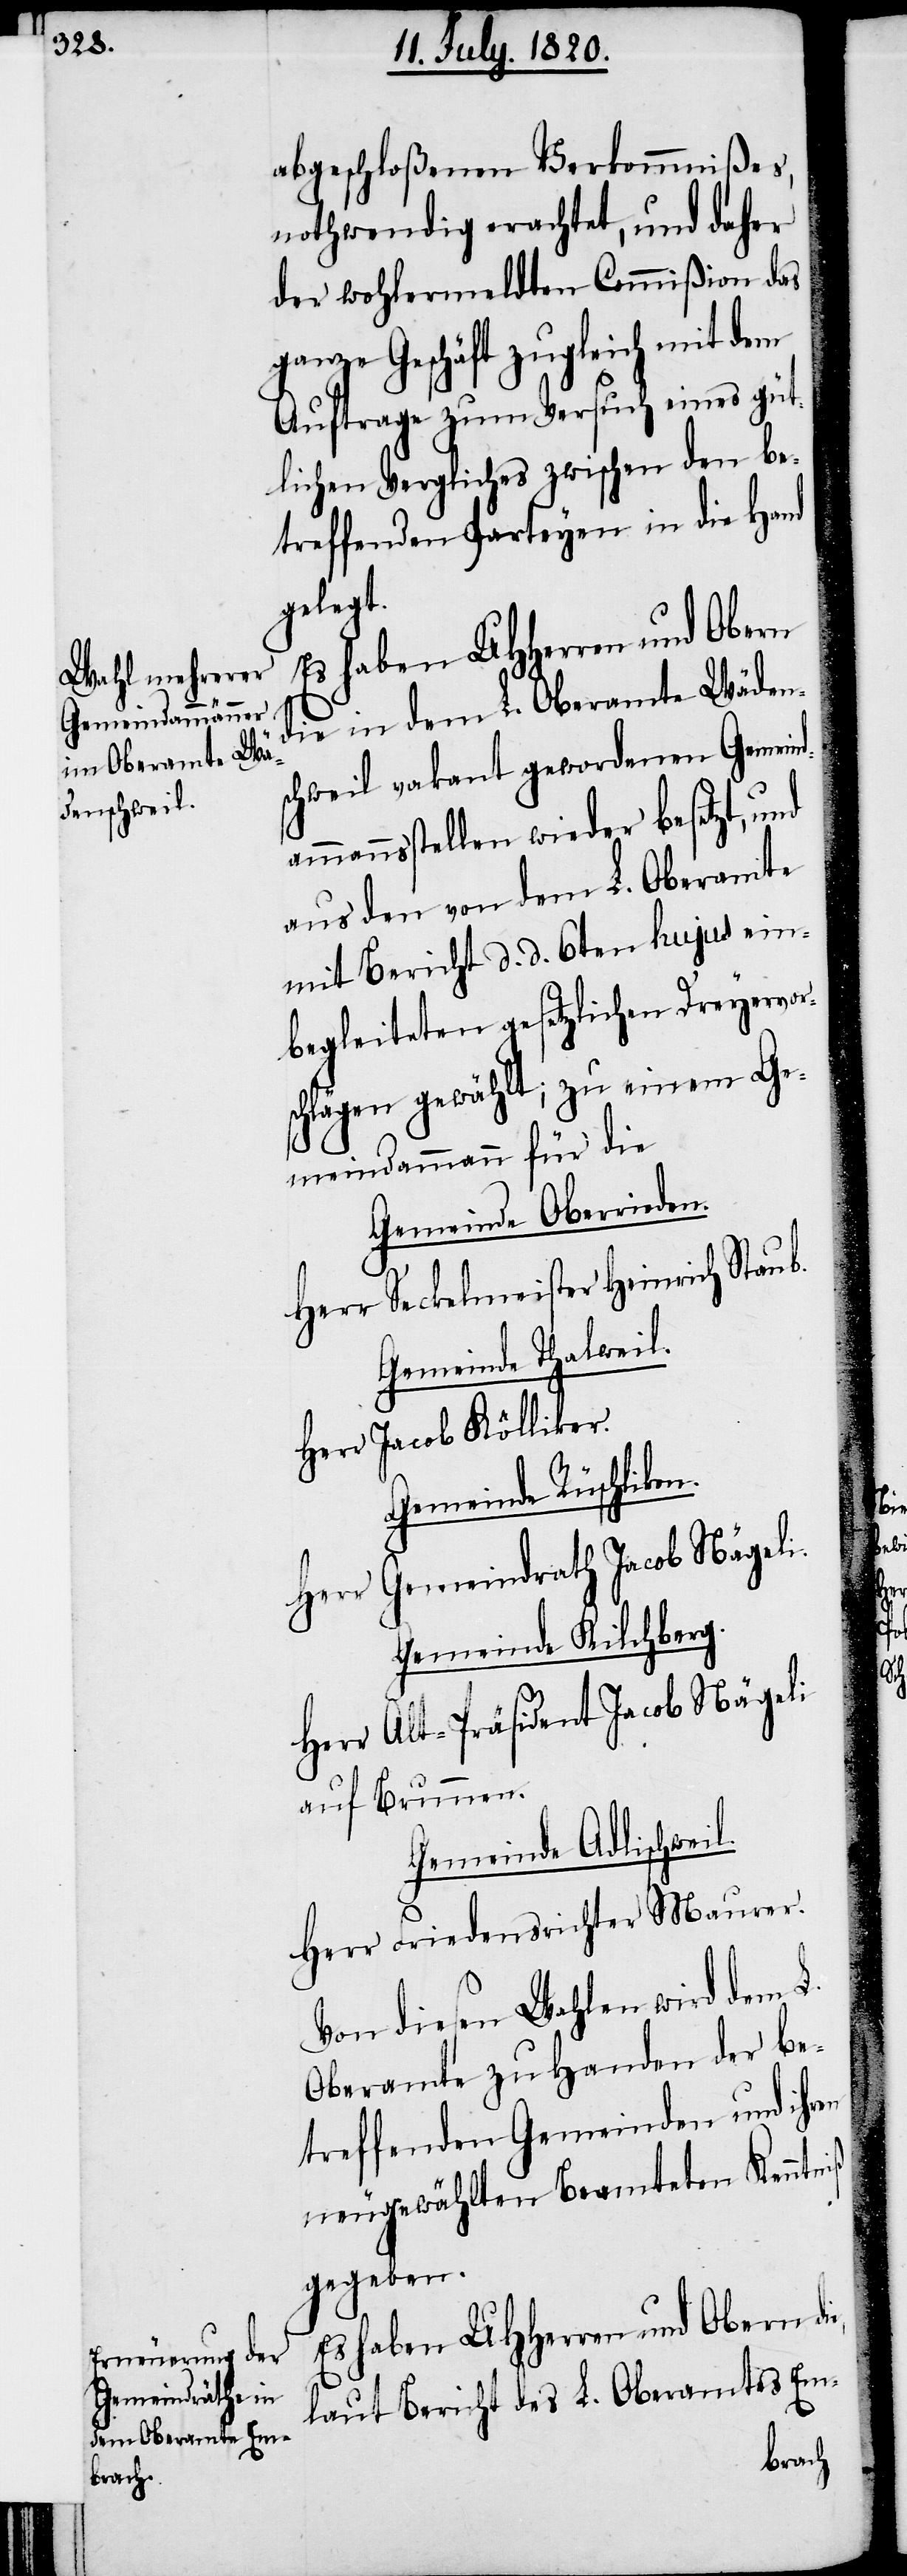
iß

abgeschloßenen Verkommnißes,
nothwendig erachtet, und daher
der wohlermeldten Commißion das
ganze Geschäft zugleich mit dem
Auftrage zum Versuch eines güt¬
lichen Vergliches zwischen den be¬
treffenden Parteyen in die Hand
gelegt.
ie in dem L. Oberamte Wäden¬
schweil vakant gewordenen Gemeind¬
ammannstellen wieder besetzt,
aus den von dem L. Oberamte
mit Bericht d. d. 6ten hujus ein¬
begleiteten gesetzlichen Dreyervor¬
schlägen gewählt; zu einem Ge¬
meindammann für die
Gemeinde Oberrieden.
Herr Seckelmeister Heinrich Stau¬
Gemeinde Thalweil.
Herr Jacob Kölliker.
Gemeinde Rüschliko¬
Herr Gemeindrath Jacob Nägeli.
Gemeinde Kilchberg.
Herr Alt-Präsident Jacob Nägeli
auf Brunnen.
Gemeinde Adlischwei¬
Herr Friedensrichter Maurer.
Von diesen Wahlen wird dem L.
Oberamte zu Handen der be¬
treffenden Gemeinden und ihren
neugewählten Beamteten Kenntn¬
gegeben.
Es haben UHherren und Obern di¬
laut Bericht des L. Oberamtes Em-

e,